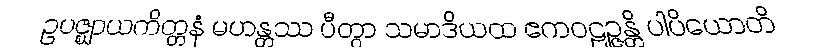
ဥပဇ္ဈာယကိတ္တနံ မဟန္တဿ ပီတွာ သမာဒိယထ ဧကဝဠဉ္ဇန္တိ ပါပိယောတိ